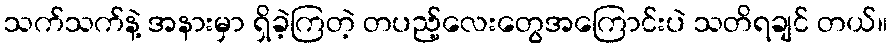
သက်သက်နဲ့ အနားမှာ ရှိခဲ့ကြတဲ့ တပည့်လေးတွေအကြောင်းပဲ သတိရချင် တယ်။